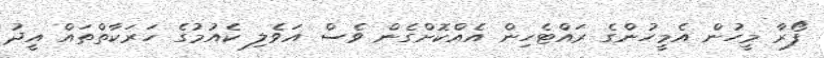
ފޯރާ މީހުން އެމީހުންގެ ރައްޓެހިން އެއްކޮށްގެން ވެސް އަވެލި ކެއުމުގެ ހަރަކާތްތައް އީދު